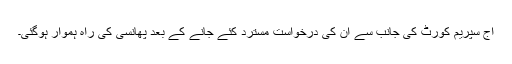
آج سپریم کورٹ کی جانب سے ان کی درخواست مسترد کئے جانے کے بعد پھانسی کی راہ ہموار ہوگئی۔